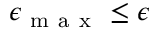
\epsilon _ { \mathrm { ~ m ~ a ~ x ~ } } \leq \epsilon